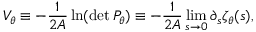
V _ { \theta } \equiv - { \frac { 1 } { 2 { \cal A } } } \ln ( \operatorname * { d e t } P _ { \theta } ) \equiv - { \frac { 1 } { 2 { \cal A } } } \operatorname * { l i m } _ { s \to 0 } \partial _ { s } \zeta _ { \theta } ( s ) ,